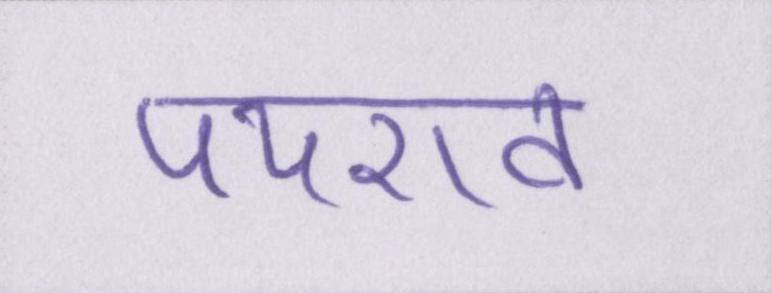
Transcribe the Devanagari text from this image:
पथराव